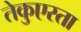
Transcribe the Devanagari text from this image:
तेकुएस्ता